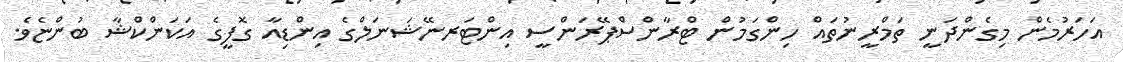
އަހަރުމެން މިގެންދަނީ ތަމްރީނުތައް ހިންގަމުން ޓްރާންސްޕޭރަންސީ އިންޓަރނޭޝަނަލްގެ އިންޑިއާ ގޮފީގެ އަކަންކްޝާ ބުންޏެވެ.